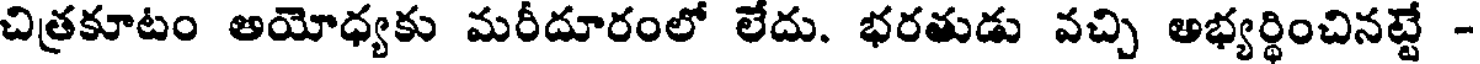
చిత్రకూటం అయోధ్యకు మరీదూరంలో లేదు. భరతుడు వచ్చి అభ్యర్థించినట్టే -